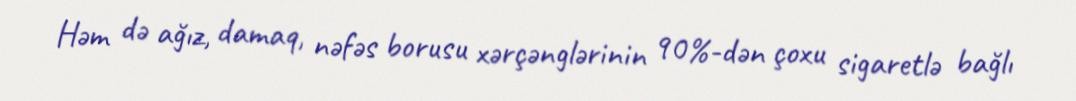
Həm də ağız, damaq, nəfəs borusu xərçənglərinin 90%-dən çoxu sigaretlə bağlı